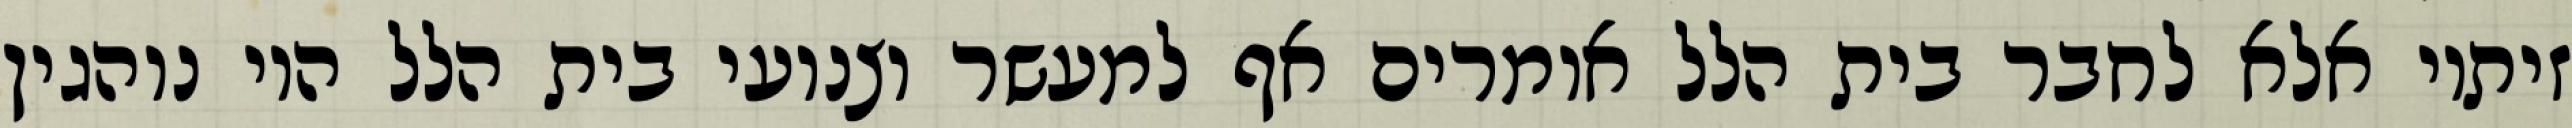
זיתיו אלא לחבר בית הלל אומרים אף למעשר וצנועי בית הלל היו נוהגין